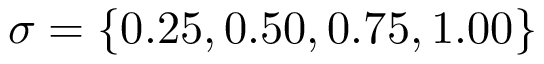
\sigma = \{ 0 . 2 5 , 0 . 5 0 , 0 . 7 5 , 1 . 0 0 \}